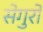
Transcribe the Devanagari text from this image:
सेगुरो